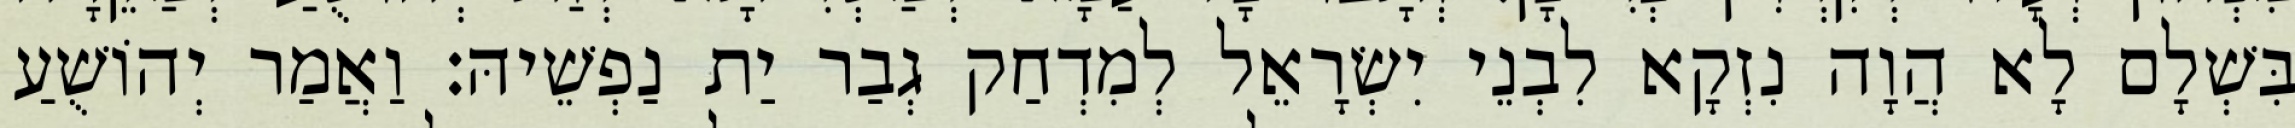
בִּשְׁלָם לָא הֲוָה נִזְקָא לִבְנֵי יִשְׂרָאֵל לְמִדְחַק גְבַר יַת נַפְשֵׁיהּ׃ וַאֲמַר יְהוֹשֻׁעַ